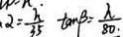
\alpha = \frac { h } { 3 5 } \tan \beta = \frac { h } { 8 0 \cdot }